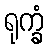
ရုက္ခံ